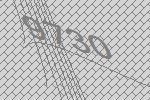
9730